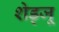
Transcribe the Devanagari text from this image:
शेड्जू